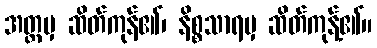
အတ္တမှ ဆိတ်ကုန်၏၊ နိစ္စသာရမှ ဆိတ်ကုန့်၏။